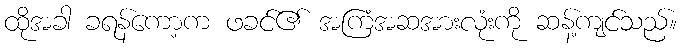
ထိုအခါ ခရန်ကော့က ဖခင်၏ အကြံအဆအားလုံးကို ဆန့်ကျင်သည်။